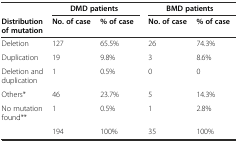
<table><thead><tr><td></td><td colspan="2"><b>DMD patients</b></td><td colspan="2"><b>BMD patients</b></td></tr><tr><td><b>Distribution of mutation</b></td><td><b>No. of case</b></td><td><b>% of case</b></td><td><b>No. of case</b></td><td><b>% of case</b></td></tr></thead><tbody><tr><td>Deletion</td><td>127</td><td>65.5%</td><td>26</td><td>74.3%</td></tr><tr><td>Duplication</td><td>19</td><td>9.8%</td><td>3</td><td>8.6%</td></tr><tr><td>Deletion and duplication</td><td>1</td><td>0.5%</td><td>0</td><td>0</td></tr><tr><td>Others*</td><td>46</td><td>23.7%</td><td>5</td><td>14.3%</td></tr><tr><td>No mutation found**</td><td>1</td><td>0.5%</td><td>1</td><td>2.8%</td></tr><tr><td></td><td>194</td><td>100%</td><td>35</td><td>100%</td></tr></tbody></table>